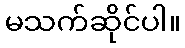
မသက်ဆိုင်ပါ။